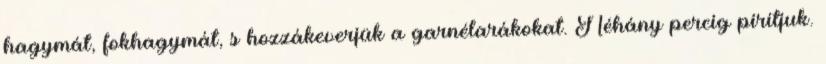
hagymát, fokhagymát, s hozzákeverjük a garnélarákokat. Néhány percig pirítjuk.